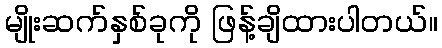
မျိုးဆက်နှစ်ခုကို ဖြန့်ချိထားပါတယ်။